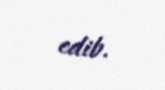
edib.